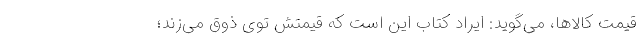
قیمت کالاها، می‌گوید: ایراد کتاب این است که قیمتش توی ذوق می‌زند؛